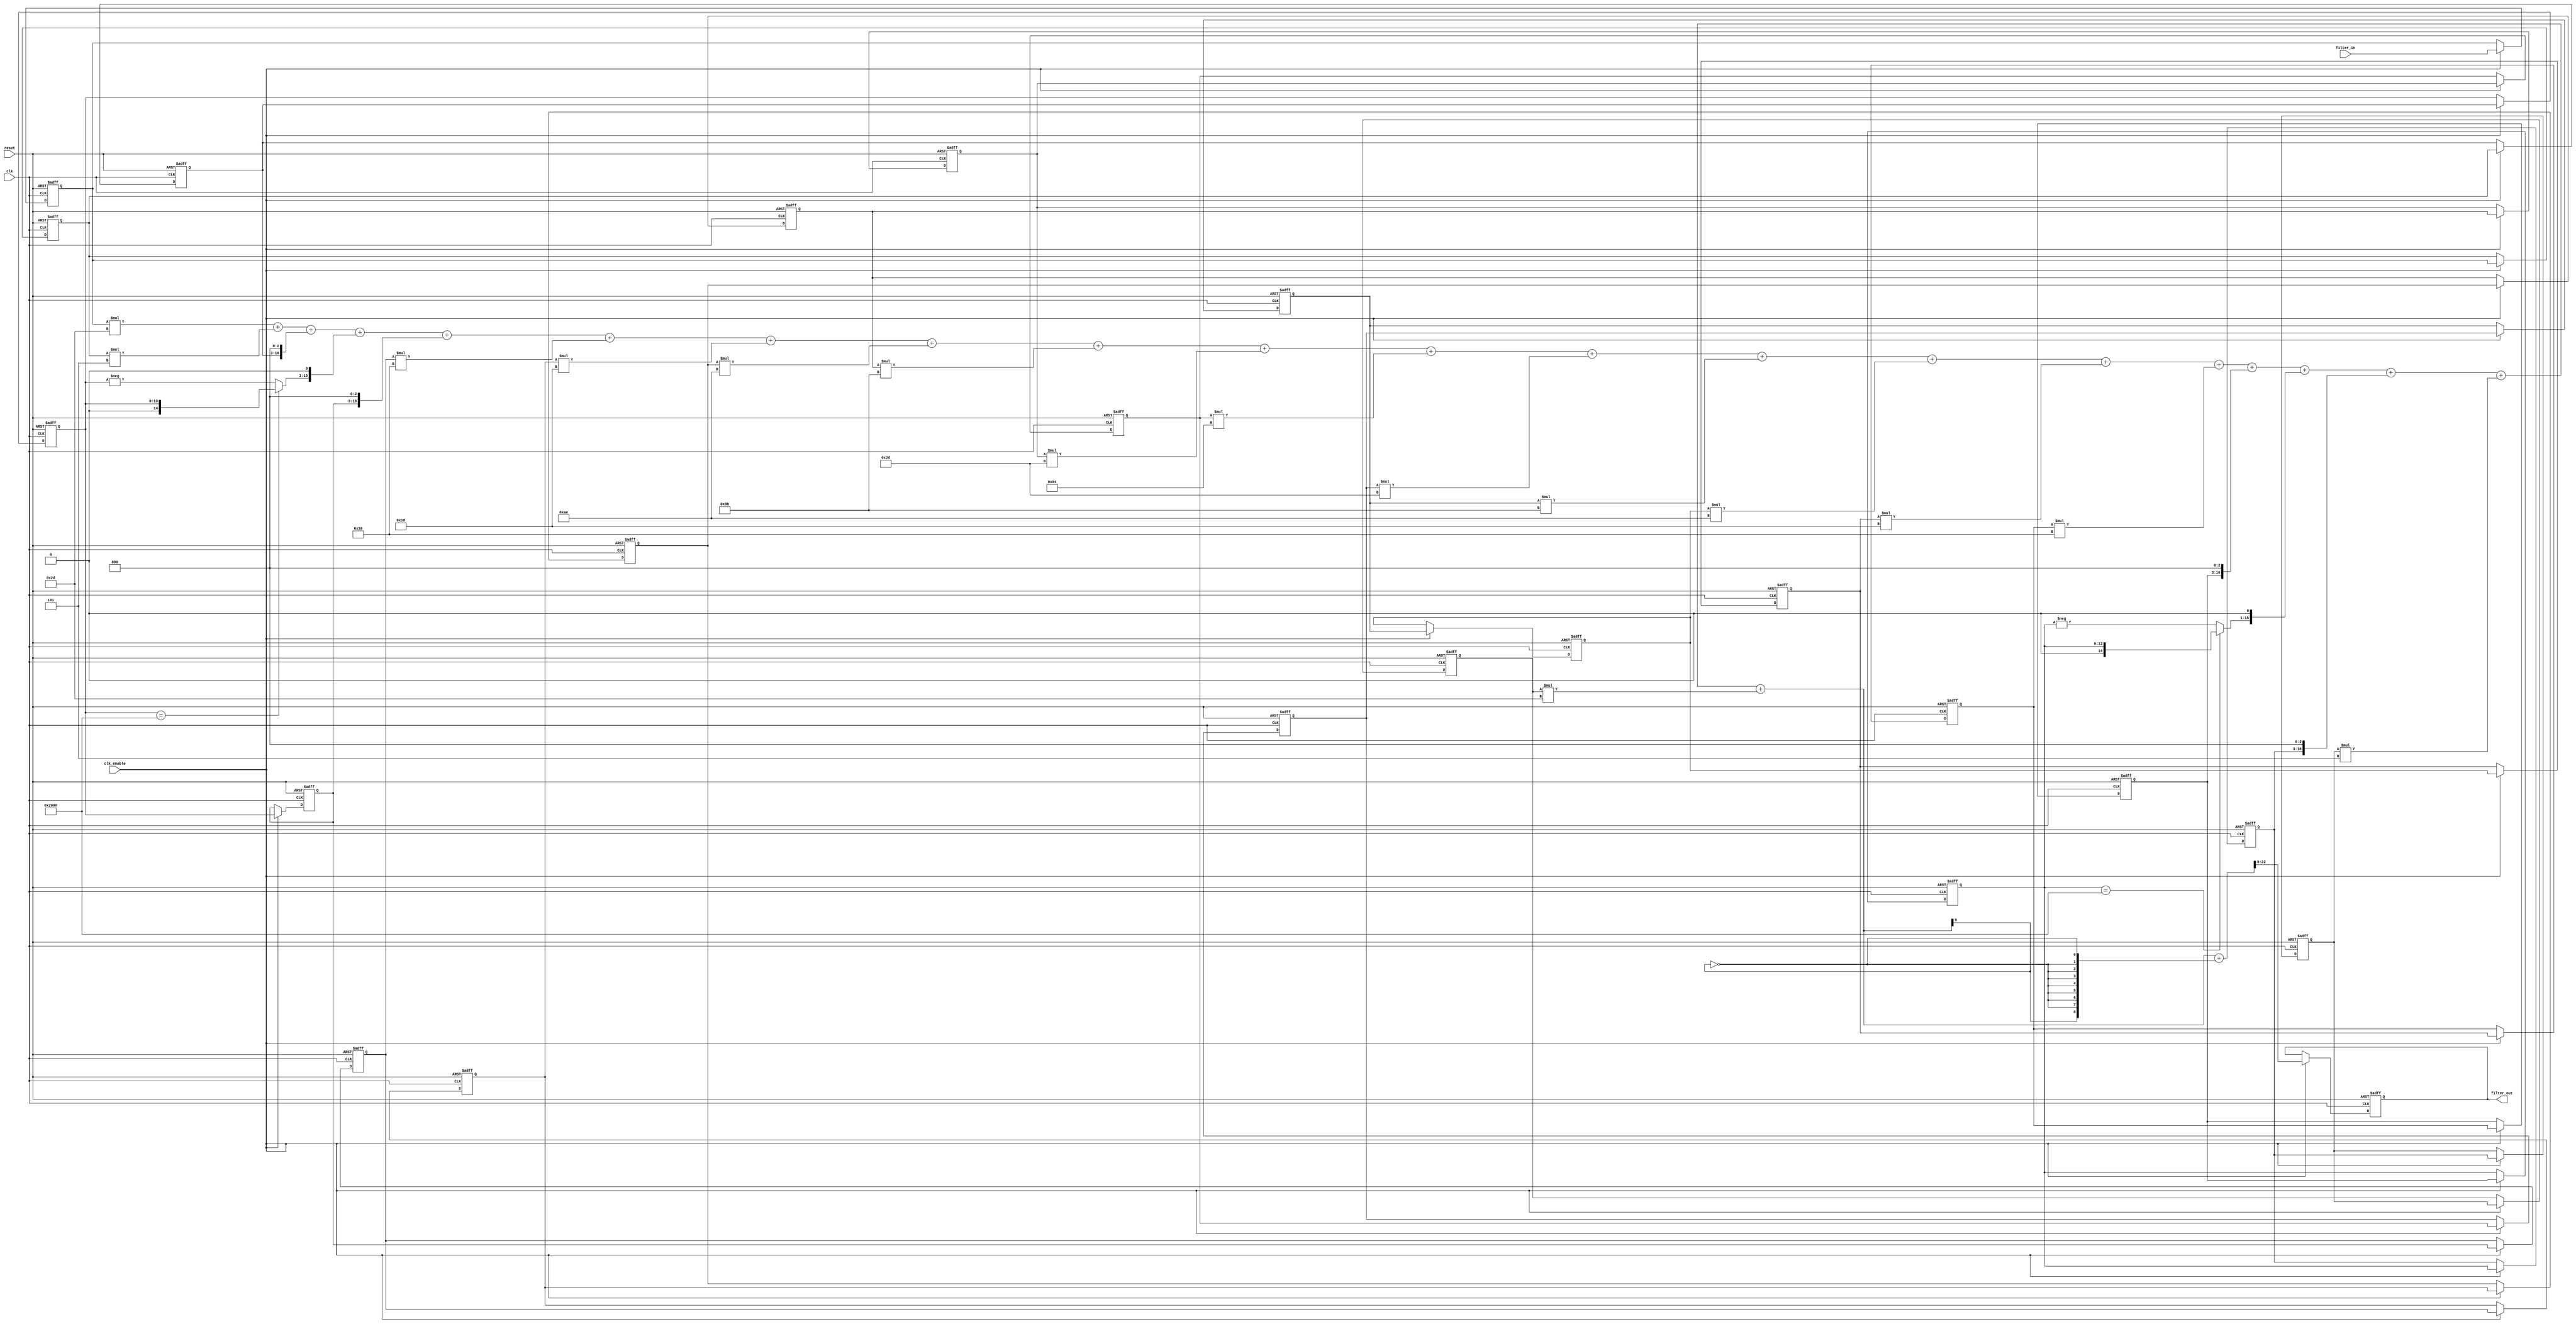
// -------------------------------------------------------------
//
// Module: filter
// Generated by MATLAB(R) 9.13 and Filter Design HDL Coder 3.1.12.
// Generated on: 2024-06-11 22:32:33
// -------------------------------------------------------------

// -------------------------------------------------------------
// HDL Code Generation Options:
//
// TargetDirectory: H:\IUST\term 8\manteghi pish\project
// TargetLanguage: Verilog
// TestBenchStimulus: impulse step ramp chirp noise 

// -------------------------------------------------------------
// HDL Implementation    : Fully parallel
// Folding Factor        : 1
// -------------------------------------------------------------
// Filter Settings:
//
// Discrete-Time FIR Filter (real)
// -------------------------------
// Filter Structure  : Direct-Form FIR
// Filter Length     : 21
// Stable            : Yes
// Linear Phase      : Yes (Type 1)
// Arithmetic        : fixed
// Numerator         : s10,9 -> [-1 1)
// Input             : s14,13 -> [-1 1)
// Filter Internals  : Specify Precision
//   Output          : s14,13 -> [-1 1)
//   Product         : s24,22 -> [-2 2)
//   Accumulator     : s25,22 -> [-4 4)
//   Round Mode      : convergent
//   Overflow Mode   : wrap
// -------------------------------------------------------------




`timescale 1 ns / 1 ns

module filter
               (
                clk,
                clk_enable,
                reset,
                filter_in,
                filter_out
                );

  input   clk; 
  input   clk_enable; 
  input   reset; 
  input   signed [13:0] filter_in; //sfix14_En13
  output  signed [13:0] filter_out; //sfix14_En13

////////////////////////////////////////////////////////////////
//Module Architecture: filter
////////////////////////////////////////////////////////////////
  // Local Functions
  // Type Definitions
  // Constants
  parameter signed [9:0] coeff1 = 10'b1111101101; //sfix10_En9
  parameter signed [9:0] coeff2 = 10'b1111111101; //sfix10_En9
  parameter signed [9:0] coeff3 = 10'b0000001000; //sfix10_En9
  parameter signed [9:0] coeff4 = 10'b1111111110; //sfix10_En9
  parameter signed [9:0] coeff5 = 10'b0000001000; //sfix10_En9
  parameter signed [9:0] coeff6 = 10'b0000110000; //sfix10_En9
  parameter signed [9:0] coeff7 = 10'b0000011000; //sfix10_En9
  parameter signed [9:0] coeff8 = 10'b1110101110; //sfix10_En9
  parameter signed [9:0] coeff9 = 10'b1110011011; //sfix10_En9
  parameter signed [9:0] coeff10 = 10'b0000101101; //sfix10_En9
  parameter signed [9:0] coeff11 = 10'b0010010100; //sfix10_En9
  parameter signed [9:0] coeff12 = 10'b0000101101; //sfix10_En9
  parameter signed [9:0] coeff13 = 10'b1110011011; //sfix10_En9
  parameter signed [9:0] coeff14 = 10'b1110101110; //sfix10_En9
  parameter signed [9:0] coeff15 = 10'b0000011000; //sfix10_En9
  parameter signed [9:0] coeff16 = 10'b0000110000; //sfix10_En9
  parameter signed [9:0] coeff17 = 10'b0000001000; //sfix10_En9
  parameter signed [9:0] coeff18 = 10'b1111111110; //sfix10_En9
  parameter signed [9:0] coeff19 = 10'b0000001000; //sfix10_En9
  parameter signed [9:0] coeff20 = 10'b1111111101; //sfix10_En9
  parameter signed [9:0] coeff21 = 10'b1111101101; //sfix10_En9

  // Signals
  reg  signed [13:0] delay_pipeline [0:20] ; // sfix14_En13
  wire signed [23:0] product21; // sfix24_En22
  wire signed [23:0] product20; // sfix24_En22
  wire signed [23:0] product19; // sfix24_En22
  wire signed [23:0] product18; // sfix24_En22
  wire signed [14:0] mulpwr2_temp; // sfix15_En13
  wire signed [23:0] product17; // sfix24_En22
  wire signed [23:0] product16; // sfix24_En22
  wire signed [23:0] product15; // sfix24_En22
  wire signed [23:0] product14; // sfix24_En22
  wire signed [23:0] product13; // sfix24_En22
  wire signed [23:0] product12; // sfix24_En22
  wire signed [23:0] product11; // sfix24_En22
  wire signed [23:0] product10; // sfix24_En22
  wire signed [23:0] product9; // sfix24_En22
  wire signed [23:0] product8; // sfix24_En22
  wire signed [23:0] product7; // sfix24_En22
  wire signed [23:0] product6; // sfix24_En22
  wire signed [23:0] product5; // sfix24_En22
  wire signed [23:0] product4; // sfix24_En22
  wire signed [14:0] mulpwr2_temp_1; // sfix15_En13
  wire signed [23:0] product3; // sfix24_En22
  wire signed [23:0] product2; // sfix24_En22
  wire signed [24:0] product1_cast; // sfix25_En22
  wire signed [23:0] product1; // sfix24_En22
  wire signed [24:0] sum1; // sfix25_En22
  wire signed [24:0] add_signext; // sfix25_En22
  wire signed [24:0] add_signext_1; // sfix25_En22
  wire signed [25:0] add_temp; // sfix26_En22
  wire signed [24:0] sum2; // sfix25_En22
  wire signed [24:0] add_signext_2; // sfix25_En22
  wire signed [24:0] add_signext_3; // sfix25_En22
  wire signed [25:0] add_temp_1; // sfix26_En22
  wire signed [24:0] sum3; // sfix25_En22
  wire signed [24:0] add_signext_4; // sfix25_En22
  wire signed [24:0] add_signext_5; // sfix25_En22
  wire signed [25:0] add_temp_2; // sfix26_En22
  wire signed [24:0] sum4; // sfix25_En22
  wire signed [24:0] add_signext_6; // sfix25_En22
  wire signed [24:0] add_signext_7; // sfix25_En22
  wire signed [25:0] add_temp_3; // sfix26_En22
  wire signed [24:0] sum5; // sfix25_En22
  wire signed [24:0] add_signext_8; // sfix25_En22
  wire signed [24:0] add_signext_9; // sfix25_En22
  wire signed [25:0] add_temp_4; // sfix26_En22
  wire signed [24:0] sum6; // sfix25_En22
  wire signed [24:0] add_signext_10; // sfix25_En22
  wire signed [24:0] add_signext_11; // sfix25_En22
  wire signed [25:0] add_temp_5; // sfix26_En22
  wire signed [24:0] sum7; // sfix25_En22
  wire signed [24:0] add_signext_12; // sfix25_En22
  wire signed [24:0] add_signext_13; // sfix25_En22
  wire signed [25:0] add_temp_6; // sfix26_En22
  wire signed [24:0] sum8; // sfix25_En22
  wire signed [24:0] add_signext_14; // sfix25_En22
  wire signed [24:0] add_signext_15; // sfix25_En22
  wire signed [25:0] add_temp_7; // sfix26_En22
  wire signed [24:0] sum9; // sfix25_En22
  wire signed [24:0] add_signext_16; // sfix25_En22
  wire signed [24:0] add_signext_17; // sfix25_En22
  wire signed [25:0] add_temp_8; // sfix26_En22
  wire signed [24:0] sum10; // sfix25_En22
  wire signed [24:0] add_signext_18; // sfix25_En22
  wire signed [24:0] add_signext_19; // sfix25_En22
  wire signed [25:0] add_temp_9; // sfix26_En22
  wire signed [24:0] sum11; // sfix25_En22
  wire signed [24:0] add_signext_20; // sfix25_En22
  wire signed [24:0] add_signext_21; // sfix25_En22
  wire signed [25:0] add_temp_10; // sfix26_En22
  wire signed [24:0] sum12; // sfix25_En22
  wire signed [24:0] add_signext_22; // sfix25_En22
  wire signed [24:0] add_signext_23; // sfix25_En22
  wire signed [25:0] add_temp_11; // sfix26_En22
  wire signed [24:0] sum13; // sfix25_En22
  wire signed [24:0] add_signext_24; // sfix25_En22
  wire signed [24:0] add_signext_25; // sfix25_En22
  wire signed [25:0] add_temp_12; // sfix26_En22
  wire signed [24:0] sum14; // sfix25_En22
  wire signed [24:0] add_signext_26; // sfix25_En22
  wire signed [24:0] add_signext_27; // sfix25_En22
  wire signed [25:0] add_temp_13; // sfix26_En22
  wire signed [24:0] sum15; // sfix25_En22
  wire signed [24:0] add_signext_28; // sfix25_En22
  wire signed [24:0] add_signext_29; // sfix25_En22
  wire signed [25:0] add_temp_14; // sfix26_En22
  wire signed [24:0] sum16; // sfix25_En22
  wire signed [24:0] add_signext_30; // sfix25_En22
  wire signed [24:0] add_signext_31; // sfix25_En22
  wire signed [25:0] add_temp_15; // sfix26_En22
  wire signed [24:0] sum17; // sfix25_En22
  wire signed [24:0] add_signext_32; // sfix25_En22
  wire signed [24:0] add_signext_33; // sfix25_En22
  wire signed [25:0] add_temp_16; // sfix26_En22
  wire signed [24:0] sum18; // sfix25_En22
  wire signed [24:0] add_signext_34; // sfix25_En22
  wire signed [24:0] add_signext_35; // sfix25_En22
  wire signed [25:0] add_temp_17; // sfix26_En22
  wire signed [24:0] sum19; // sfix25_En22
  wire signed [24:0] add_signext_36; // sfix25_En22
  wire signed [24:0] add_signext_37; // sfix25_En22
  wire signed [25:0] add_temp_18; // sfix26_En22
  wire signed [24:0] sum20; // sfix25_En22
  wire signed [24:0] add_signext_38; // sfix25_En22
  wire signed [24:0] add_signext_39; // sfix25_En22
  wire signed [25:0] add_temp_19; // sfix26_En22
  wire signed [13:0] output_typeconvert; // sfix14_En13
  reg  signed [13:0] output_register; // sfix14_En13

  // Block Statements
  always @( posedge clk or posedge reset)
    begin: Delay_Pipeline_process
      if (reset == 1'b1) begin
        delay_pipeline[0] <= 0;
        delay_pipeline[1] <= 0;
        delay_pipeline[2] <= 0;
        delay_pipeline[3] <= 0;
        delay_pipeline[4] <= 0;
        delay_pipeline[5] <= 0;
        delay_pipeline[6] <= 0;
        delay_pipeline[7] <= 0;
        delay_pipeline[8] <= 0;
        delay_pipeline[9] <= 0;
        delay_pipeline[10] <= 0;
        delay_pipeline[11] <= 0;
        delay_pipeline[12] <= 0;
        delay_pipeline[13] <= 0;
        delay_pipeline[14] <= 0;
        delay_pipeline[15] <= 0;
        delay_pipeline[16] <= 0;
        delay_pipeline[17] <= 0;
        delay_pipeline[18] <= 0;
        delay_pipeline[19] <= 0;
        delay_pipeline[20] <= 0;
      end
      else begin
        if (clk_enable == 1'b1) begin
          delay_pipeline[0] <= filter_in;
          delay_pipeline[1] <= delay_pipeline[0];
          delay_pipeline[2] <= delay_pipeline[1];
          delay_pipeline[3] <= delay_pipeline[2];
          delay_pipeline[4] <= delay_pipeline[3];
          delay_pipeline[5] <= delay_pipeline[4];
          delay_pipeline[6] <= delay_pipeline[5];
          delay_pipeline[7] <= delay_pipeline[6];
          delay_pipeline[8] <= delay_pipeline[7];
          delay_pipeline[9] <= delay_pipeline[8];
          delay_pipeline[10] <= delay_pipeline[9];
          delay_pipeline[11] <= delay_pipeline[10];
          delay_pipeline[12] <= delay_pipeline[11];
          delay_pipeline[13] <= delay_pipeline[12];
          delay_pipeline[14] <= delay_pipeline[13];
          delay_pipeline[15] <= delay_pipeline[14];
          delay_pipeline[16] <= delay_pipeline[15];
          delay_pipeline[17] <= delay_pipeline[16];
          delay_pipeline[18] <= delay_pipeline[17];
          delay_pipeline[19] <= delay_pipeline[18];
          delay_pipeline[20] <= delay_pipeline[19];
        end
      end
    end // Delay_Pipeline_process


  assign product21 = delay_pipeline[20] * coeff21;

  assign product20 = delay_pipeline[19] * coeff20;

  assign product19 = $signed({delay_pipeline[18][13:0], 3'b000});

  assign mulpwr2_temp = (delay_pipeline[17]==14'b10000000000000) ? $signed({1'b0, delay_pipeline[17]}) : -delay_pipeline[17];

  assign product18 = $signed({mulpwr2_temp[14:0], 1'b0});

  assign product17 = $signed({delay_pipeline[16][13:0], 3'b000});

  assign product16 = delay_pipeline[15] * coeff16;

  assign product15 = delay_pipeline[14] * coeff15;

  assign product14 = delay_pipeline[13] * coeff14;

  assign product13 = delay_pipeline[12] * coeff13;

  assign product12 = delay_pipeline[11] * coeff12;

  assign product11 = delay_pipeline[10] * coeff11;

  assign product10 = delay_pipeline[9] * coeff10;

  assign product9 = delay_pipeline[8] * coeff9;

  assign product8 = delay_pipeline[7] * coeff8;

  assign product7 = delay_pipeline[6] * coeff7;

  assign product6 = delay_pipeline[5] * coeff6;

  assign product5 = $signed({delay_pipeline[4][13:0], 3'b000});

  assign mulpwr2_temp_1 = (delay_pipeline[3]==14'b10000000000000) ? $signed({1'b0, delay_pipeline[3]}) : -delay_pipeline[3];

  assign product4 = $signed({mulpwr2_temp_1[14:0], 1'b0});

  assign product3 = $signed({delay_pipeline[2][13:0], 3'b000});

  assign product2 = delay_pipeline[1] * coeff2;

  assign product1_cast = $signed({{1{product1[23]}}, product1});

  assign product1 = delay_pipeline[0] * coeff1;

  assign add_signext = product1_cast;
  assign add_signext_1 = $signed({{1{product2[23]}}, product2});
  assign add_temp = add_signext + add_signext_1;
  assign sum1 = add_temp[24:0];

  assign add_signext_2 = sum1;
  assign add_signext_3 = $signed({{1{product3[23]}}, product3});
  assign add_temp_1 = add_signext_2 + add_signext_3;
  assign sum2 = add_temp_1[24:0];

  assign add_signext_4 = sum2;
  assign add_signext_5 = $signed({{1{product4[23]}}, product4});
  assign add_temp_2 = add_signext_4 + add_signext_5;
  assign sum3 = add_temp_2[24:0];

  assign add_signext_6 = sum3;
  assign add_signext_7 = $signed({{1{product5[23]}}, product5});
  assign add_temp_3 = add_signext_6 + add_signext_7;
  assign sum4 = add_temp_3[24:0];

  assign add_signext_8 = sum4;
  assign add_signext_9 = $signed({{1{product6[23]}}, product6});
  assign add_temp_4 = add_signext_8 + add_signext_9;
  assign sum5 = add_temp_4[24:0];

  assign add_signext_10 = sum5;
  assign add_signext_11 = $signed({{1{product7[23]}}, product7});
  assign add_temp_5 = add_signext_10 + add_signext_11;
  assign sum6 = add_temp_5[24:0];

  assign add_signext_12 = sum6;
  assign add_signext_13 = $signed({{1{product8[23]}}, product8});
  assign add_temp_6 = add_signext_12 + add_signext_13;
  assign sum7 = add_temp_6[24:0];

  assign add_signext_14 = sum7;
  assign add_signext_15 = $signed({{1{product9[23]}}, product9});
  assign add_temp_7 = add_signext_14 + add_signext_15;
  assign sum8 = add_temp_7[24:0];

  assign add_signext_16 = sum8;
  assign add_signext_17 = $signed({{1{product10[23]}}, product10});
  assign add_temp_8 = add_signext_16 + add_signext_17;
  assign sum9 = add_temp_8[24:0];

  assign add_signext_18 = sum9;
  assign add_signext_19 = $signed({{1{product11[23]}}, product11});
  assign add_temp_9 = add_signext_18 + add_signext_19;
  assign sum10 = add_temp_9[24:0];

  assign add_signext_20 = sum10;
  assign add_signext_21 = $signed({{1{product12[23]}}, product12});
  assign add_temp_10 = add_signext_20 + add_signext_21;
  assign sum11 = add_temp_10[24:0];

  assign add_signext_22 = sum11;
  assign add_signext_23 = $signed({{1{product13[23]}}, product13});
  assign add_temp_11 = add_signext_22 + add_signext_23;
  assign sum12 = add_temp_11[24:0];

  assign add_signext_24 = sum12;
  assign add_signext_25 = $signed({{1{product14[23]}}, product14});
  assign add_temp_12 = add_signext_24 + add_signext_25;
  assign sum13 = add_temp_12[24:0];

  assign add_signext_26 = sum13;
  assign add_signext_27 = $signed({{1{product15[23]}}, product15});
  assign add_temp_13 = add_signext_26 + add_signext_27;
  assign sum14 = add_temp_13[24:0];

  assign add_signext_28 = sum14;
  assign add_signext_29 = $signed({{1{product16[23]}}, product16});
  assign add_temp_14 = add_signext_28 + add_signext_29;
  assign sum15 = add_temp_14[24:0];

  assign add_signext_30 = sum15;
  assign add_signext_31 = $signed({{1{product17[23]}}, product17});
  assign add_temp_15 = add_signext_30 + add_signext_31;
  assign sum16 = add_temp_15[24:0];

  assign add_signext_32 = sum16;
  assign add_signext_33 = $signed({{1{product18[23]}}, product18});
  assign add_temp_16 = add_signext_32 + add_signext_33;
  assign sum17 = add_temp_16[24:0];

  assign add_signext_34 = sum17;
  assign add_signext_35 = $signed({{1{product19[23]}}, product19});
  assign add_temp_17 = add_signext_34 + add_signext_35;
  assign sum18 = add_temp_17[24:0];

  assign add_signext_36 = sum18;
  assign add_signext_37 = $signed({{1{product20[23]}}, product20});
  assign add_temp_18 = add_signext_36 + add_signext_37;
  assign sum19 = add_temp_18[24:0];

  assign add_signext_38 = sum19;
  assign add_signext_39 = $signed({{1{product21[23]}}, product21});
  assign add_temp_19 = add_signext_38 + add_signext_39;
  assign sum20 = add_temp_19[24:0];

  assign output_typeconvert = (sum20[22:0] + {sum20[9], {8{~sum20[9]}}})>>>9;

  always @ (posedge clk or posedge reset)
    begin: Output_Register_process
      if (reset == 1'b1) begin
        output_register <= 0;
      end
      else begin
        if (clk_enable == 1'b1) begin
          output_register <= output_typeconvert;
        end
      end
    end // Output_Register_process

  // Assignment Statements
  assign filter_out = output_register;
endmodule  // filter
`timescale 1ns / 1ps
//////////////////////////////////////////////////////////////////////////////////
// Company: 
// Engineer: 
// 
// Design Name: 
// Module Name:    FIR_noPipeLine 
// Project Name: 
// Target Devices: 
// Tool versions: 
// Description: 
//
// Dependencies: 
//
// Revision: 
// Revision 0.01 - File Created
// Additional Comments: 
//
//////////////////////////////////////////////////////////////////////////////////
module FIR_noPipeLine(
    );


endmodule